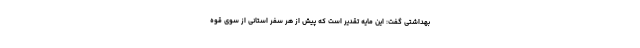
بهداشتی گفت: این مایه تقدیر است که پیش از هر سفر استانی از سوی قوه